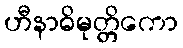
ဟီနာဓိမုတ္တိကော